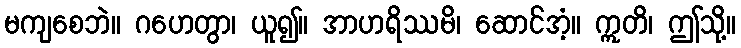
မကျစေဘဲ။ ဂဟေတွာ၊ ယူ၍။ အာဟရိဿမိ၊ ဆောင်အံ့။ ဣတိ၊ ဤသို့။